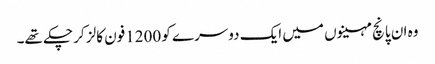
وہ ان پانچ مہینوں میں ایک دوسرے کو 1200فون کالز کر چکے تھے۔